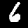
Digit: 6